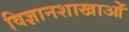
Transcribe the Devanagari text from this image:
विज्ञानशाखाओं